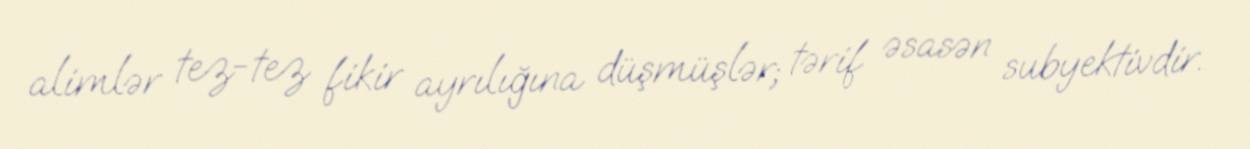
alimlər tez-tez fikir ayrılığına düşmüşlər; tərif əsasən subyektivdir.